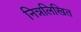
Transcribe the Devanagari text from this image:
निन्नलिखित